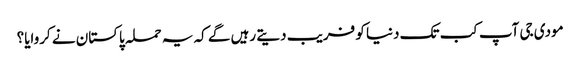
مودی جی آپ کب تک دنیا کو فریب دیتے رہیں گے کہ یہ حملہ پاکستان نے کروایا؟